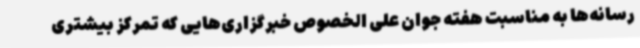
رسانه‌ها به مناسبت هفته جوان علی الخصوص خبرگزاری‌هایی که تمرکز بیشتری